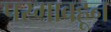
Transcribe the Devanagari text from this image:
परगावहून